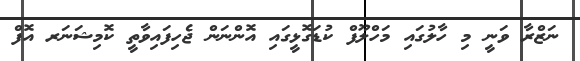
ނަޒްރާ ވަނީ މި ހާލުގައި މަހްލޫފް ކުޑަގޮޅީގައި އޮންނަން ޖެހިފައިވާތީ ކޮމިޝަނަރ އޮފް